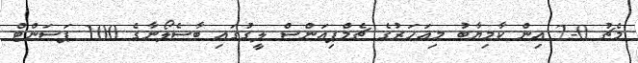
މެޗު 0-2 އިން ކާމިޔާބު މިއަހަރުގެ ޗެމްޕިއަންސް ލީގުގައި ބާސެލޯނާގެ 100 ޕަސަންޓް